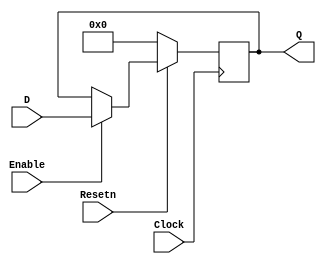
// a positive edge triggered N bit register
// 		use defparam <instanceName>.n = 5; 
//		for a 5 bit register
module nBitRegister (D, Clock, Q, Resetn, Enable);
	parameter n = 5;
	
	input [n-1:0] D;
	input Clock, Resetn, Enable;
	output reg [n-1:0] Q;
	
	integer i;
	always @ (posedge Clock)	// synchronous reset
	begin
		if (~Resetn)
			Q <= 0;
		else if (Enable)
			Q <= D;
	end

endmodule